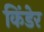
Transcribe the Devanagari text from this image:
किंडेर